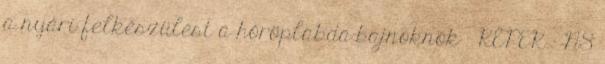
a nyári felkészülést a hóröplabda-bajnoknők – KÉPEK - NS